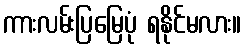
ကားလမ်းပြမြေပုံ ရနိုင်မလား။